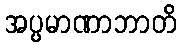
အပ္ပမာဏာဘာတိ